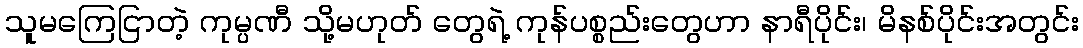
သူမကြေငြာတဲ့ ကုမ္ပဏီ သို့မဟုတ် တွေရဲ့ ကုန်ပစ္စည်းတွေဟာ နာရီပိုင်း၊ မိနစ်ပိုင်းအတွင်း